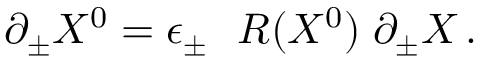
\partial _ { \pm } X ^ { 0 } = \epsilon _ { \pm } ~ ~ R ( X ^ { 0 } ) \; \partial _ { \pm } X \, .